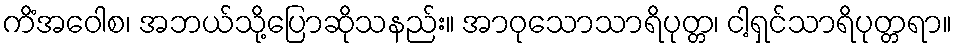
ကိံအဝေါစ၊ အဘယ်သို့ပြောဆိုသနည်း။ အာဝုသောသာရိပုတ္တ၊ ငါ့ရှင်သာရိပုတ္တရာ။